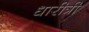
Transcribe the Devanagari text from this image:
धारीत्री